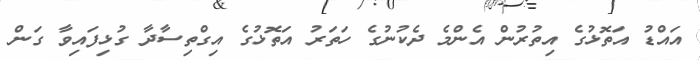
އައްޑު އަތޮޅުގެ އިތުރުން އެންމެ ދެކުނުގެ ހަތަރު އަތޮޅުގެ އިގްތިސާދާ ގުޅިފައިވާ ގަން